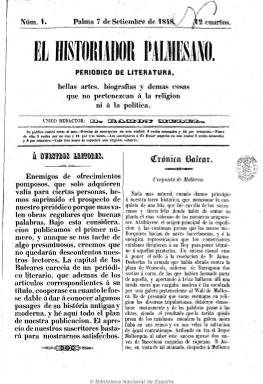
Título: El Historiador palmesano
Colección: Revistas de información general
Ámbito geográfico: Baleares
Lugar de publicación: Palma [de Mallorca]
Fechas: 07/09/1848-28/07/1849

Subtitulado “periódico de literatura, bellas artes, biografías y demás cosas que no pertenezcan a la religión ni a la política”, comienza a publicarlo con periodicidad semanal el siete de septiembre de 1848 el autor y crítico teatral Ramón Medel (-1877), que en esas fechas había llegado a Palma de Mallorca como actor de una compañía de teatro, y lo hace como redactor único. En 1849 comienza a secuenciarlo como “segunda serie”, reduce su subtítulo a “periódico literario” y sus números, de ocho a cuatro páginas, hasta su desaparición el 28 de julio, tras haber publicado un total de 28 entregas y no alcanzando el año completo de existencia. Es estampado en la Imprenta Balear, a cargo de Pablo J. Umbert.

Dedica sus páginas a artículos de historia balear, incluidas unas efemérides, y breves descripciones geográficas de las islas; semblanzas biográficas de hombres célebres, muchas de ellas dedicadas a mallorquines; otros sobre ciencias y adelantos técnicos y también algún artículo sobre modas. También tiene una sección bajo el epígrafe de “Boletín literario”, con noticias y crítica sobre la producción bibliográfica, incluida la periodística, y, especialmente, una revista con noticias y crítica teatral, tanto de Mallorca, como del resto de España y del extranjero. También da cabida a composiciones poéticas (romances, octavas, etc.) y a algunas narraciones traducidas, que llega a insertarlas a modo de folletín.